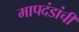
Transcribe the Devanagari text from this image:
मापदंडांची